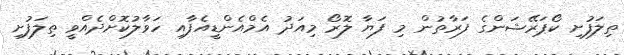
ތިލަފުށި ކޯޕަރޭޝަންގެ ފަރާތުން މި ފަޔާ ލޮރޯ މިއަދު އެމްއެންޑީއެފާއި ހަވާލުކޮށްދެއްވީ ތިލަފުށި